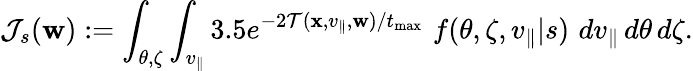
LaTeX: \mathcal{J}_{s}(\mathbf{w}):=\int_{\theta,\zeta}\int_{v_{\parallel}}3.5e^{-2\mathcal{T}(\mathbf{x},v_{\parallel},\mathbf{w})/t_{\operatorname*{max}}}\, \, f(\theta,\zeta,v_{\parallel}|s)\, \, dv_{\parallel}\, d\theta\, d\zeta.